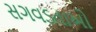
સગવડતાઓ